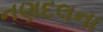
નણદલના